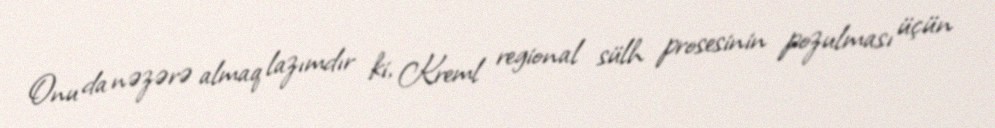
Onu da nəzərə almaq lazımdır ki, Kreml regional sülh prosesinin pozulması üçün